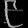
Digit: ၉